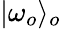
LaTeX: |\omega_{o}\rangle_{o}